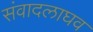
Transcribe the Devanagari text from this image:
संवादलाघव